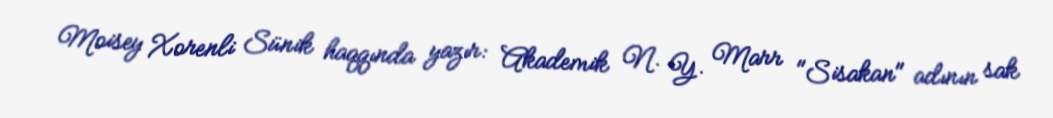
Moisey Xorenli Sünik haqqında yazır: Akademik N. Y. Marr "Sisakan" adının sak